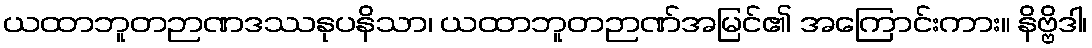
ယထာဘူတဉာဏဒဿနုပနိသာ၊ ယထာဘူတဉာဏ်အမြင်၏ အကြောင်းကား။ နိဗ္ဗိဒါ၊